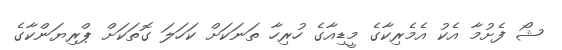
ޝޯ ފެށުމާ އެކު އެމެރިކާގެ މީޑިއާގެ ހުރިހާ ތަނަކަށް ކަހަލަ ގޮތަކަށް ޕްރިޔަންކާގެ